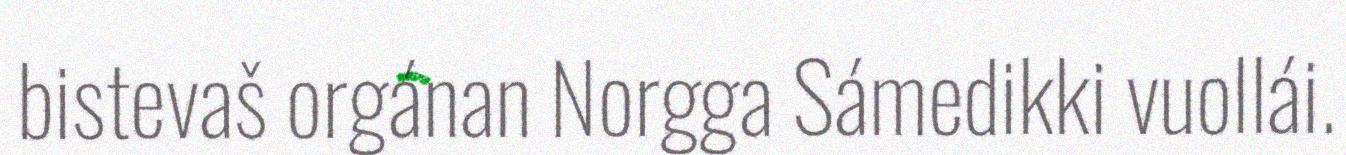
bistevaš orgánan Norgga Sámedikki vuollái.